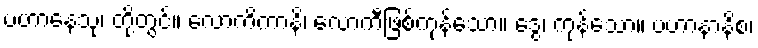
ပဟာနေသု၊ တို့တွင်။ လောကိကာနိ၊ လောကီဖြစ်ကုန်သော။ ဒွေ၊ ကုန်သော။ ပဟာနာနိစ၊